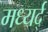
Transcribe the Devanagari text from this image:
मध्यर्द्